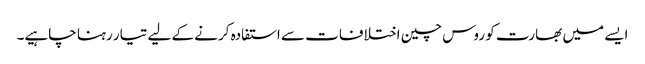
ایسے میں بھارت کو روس چین اختلافات سے استفادہ کرنے کے لیے تیار رہنا چاہیے۔